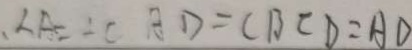
\angle A = \angle C A D = C B C D = A D